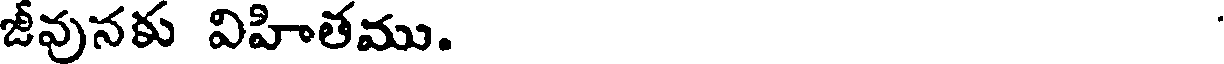
జీవునకు విహితము.